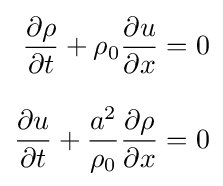
{\begin{aligned}{\frac {\partial \rho }{\partial t}}+\rho _{0}{\frac {\partial u}{\partial x}}&=0\\[8pt]{\frac {\partial u}{\partial t}}+{\frac {a^{2}}{\rho _{0}}}{\frac {\partial \rho }{\partial x}}&=0\end{aligned}}